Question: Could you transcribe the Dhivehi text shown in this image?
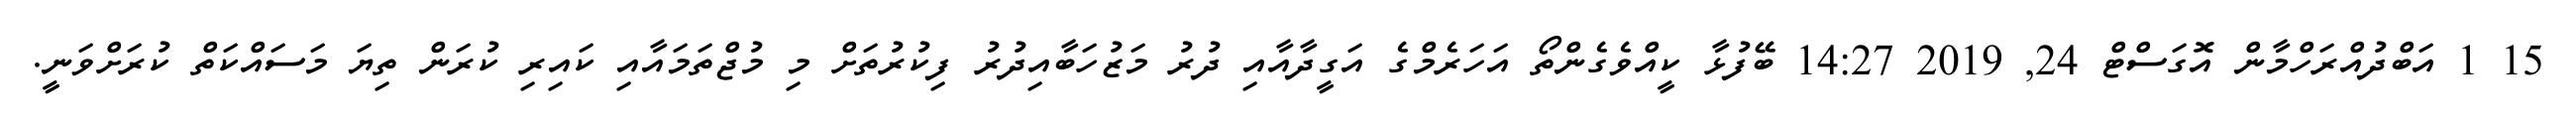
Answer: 15 1 އަބްދުއްރަހްމާން އޮގަސްޓް 24, 2019 14:27 ބޭފުޅާ ކީއްވެގެންތޯ އަހަރެމްގެ އަގީދާއާއި ދުރު މަޒުހަބާއިދުރު ފިކުރުތަށް މި މުޖްތަމައާއި ކައިރި ކުރަން ތިޔަ މަސައްކަތް ކުރަށްވަނީ.